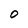
Character: O